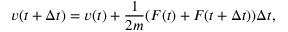
v ( t + \Delta t ) = v ( t ) + \frac { 1 } { 2 m } ( F ( t ) + F ( t + \Delta t ) ) \Delta t ,